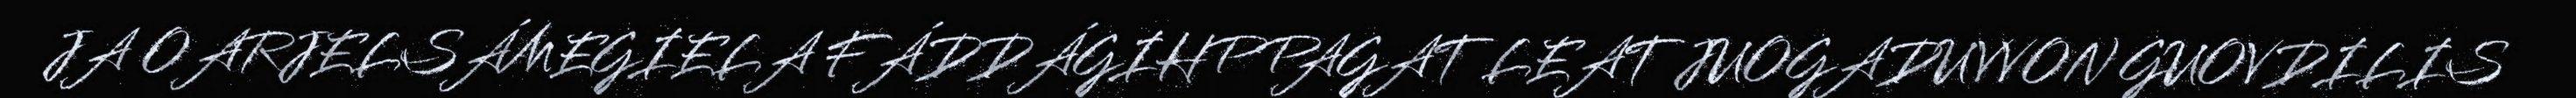
JA OARJELSÁMEGIELA FÁDDÁGIHPPAGAT LEAT JUOGADUVVON GUOVDILIS